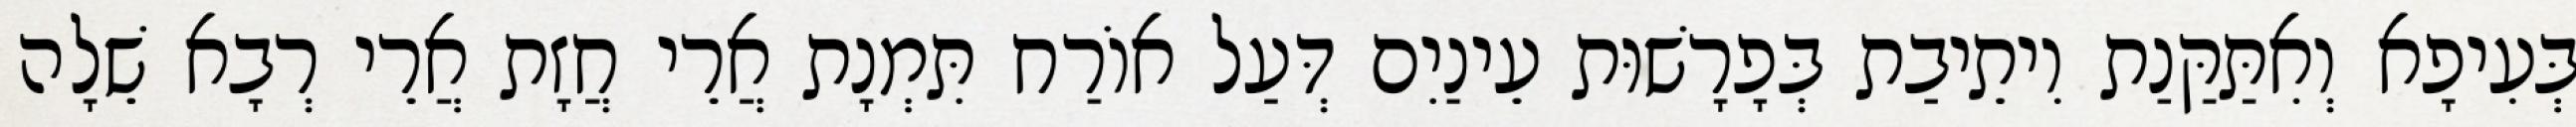
בְּעִיפָא וְאִתַּקַּנַת וִיתֵיבַת בְּפָרָשׁוּת עֵינַיִם דְּעַל אוֹרַח תִּמְנָת אֲרֵי חֲזָת אֲרֵי רְבָא שֵׁלָה